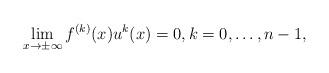
LaTeX: \begin{align*}\lim\limits_{x\rightarrow\pm\infty} f^{(k)}(x)u^k(x)=0,k=0,\dots,n-1,\end{align*}